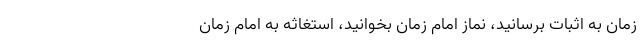
زمان به اثبات برسانید، نماز امام زمان بخوانید، استغاثه به امام زمان